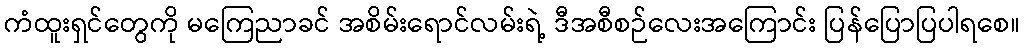
ကံထူးရှင်တွေကို မကြေညာခင် အစိမ်းရောင်လမ်းရဲ့ ဒီအစီစဉ်လေးအကြောင်း ပြန်ပြောပြပါရစေ။